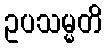
ဥပသမ္မတိ